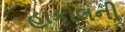
હાકાલની